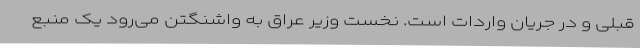
قبلی و در جریان واردات است. نخست وزیر عراق به واشنگتن می‌رود یک منبع